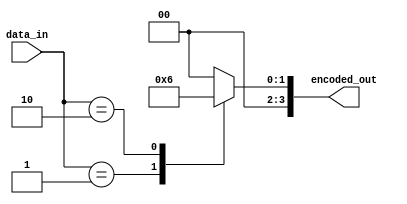
module Encoder (
    input wire [7:0] data_in,
    output wire [3:0] encoded_out
);

// Encoding scheme: simple binary representation
// Mapping data values to binary: 0 -> 0000, 1 -> 0001, 2 -> 0010, ..., 255 -> 1111

always @(*) begin
    case (data_in)
        8'b00000000: encoded_out = 4'b0000;
        8'b00000001: encoded_out = 4'b0001;
        8'b00000010: encoded_out = 4'b0010;
        // Add more cases for other data values
        // ....
        // 8'b11111111: encoded_out = 4'b1111;
        default: encoded_out = 4'b0000; // Default case for unknown data values
    endcase
end

endmodule